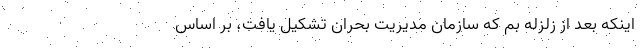
اینکه بعد از زلزله بم که سازمان مدیریت بحران تشکیل یافت، بر اساس